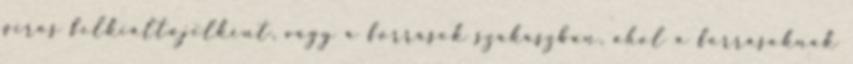
piros felkiáltójelként, vagy a források szakaszban, ahol a forrásoknak